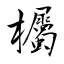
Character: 欘